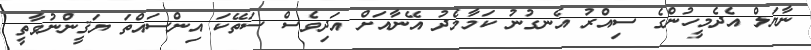
ނާޔަލް އެދެމީހުންގެ ސިއްރު އެނގުނު ކަމާމެދު އޭނާއަށް އަދިވެސް ސަތޭކަ އިންސައްތަ ޔަޤީންނުވާތީ